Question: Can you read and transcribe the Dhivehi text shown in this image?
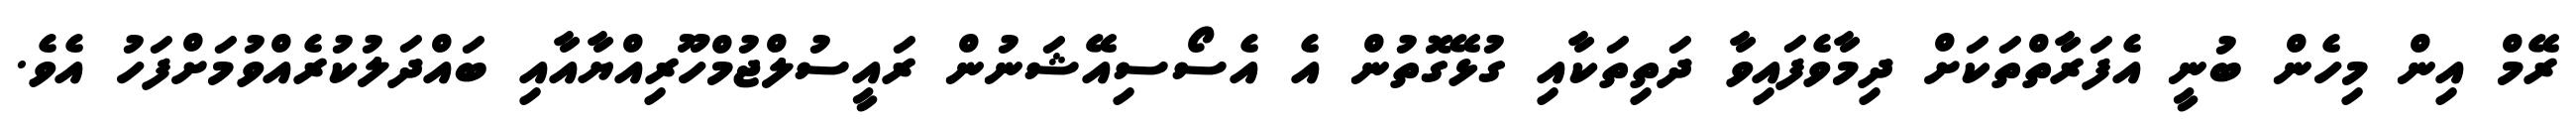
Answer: ރޭމް އިން މިހެން ބުނީ އެފަރާތްތަކަށް ދިމާވެފައިވާ ދަތިތަކާއި ގުޅޭގޮތުން އެ އެސޯސިއޭޝަނުން ރައީސުލްޖުމްހޫރިއްޔާއާއި ބައްދަލުކުރެއްވުމަށްފަހު އެވެ.